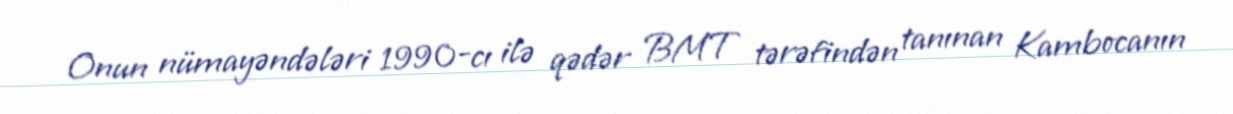
Onun nümayəndələri 1990-cı ilə qədər BMT tərəfindən tanınan Kambocanın